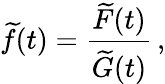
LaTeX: \widetilde f(t)={\frac{\widetilde F(t)}{\widetilde G(t)}}\, ,